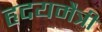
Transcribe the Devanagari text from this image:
हृदयमैत्री